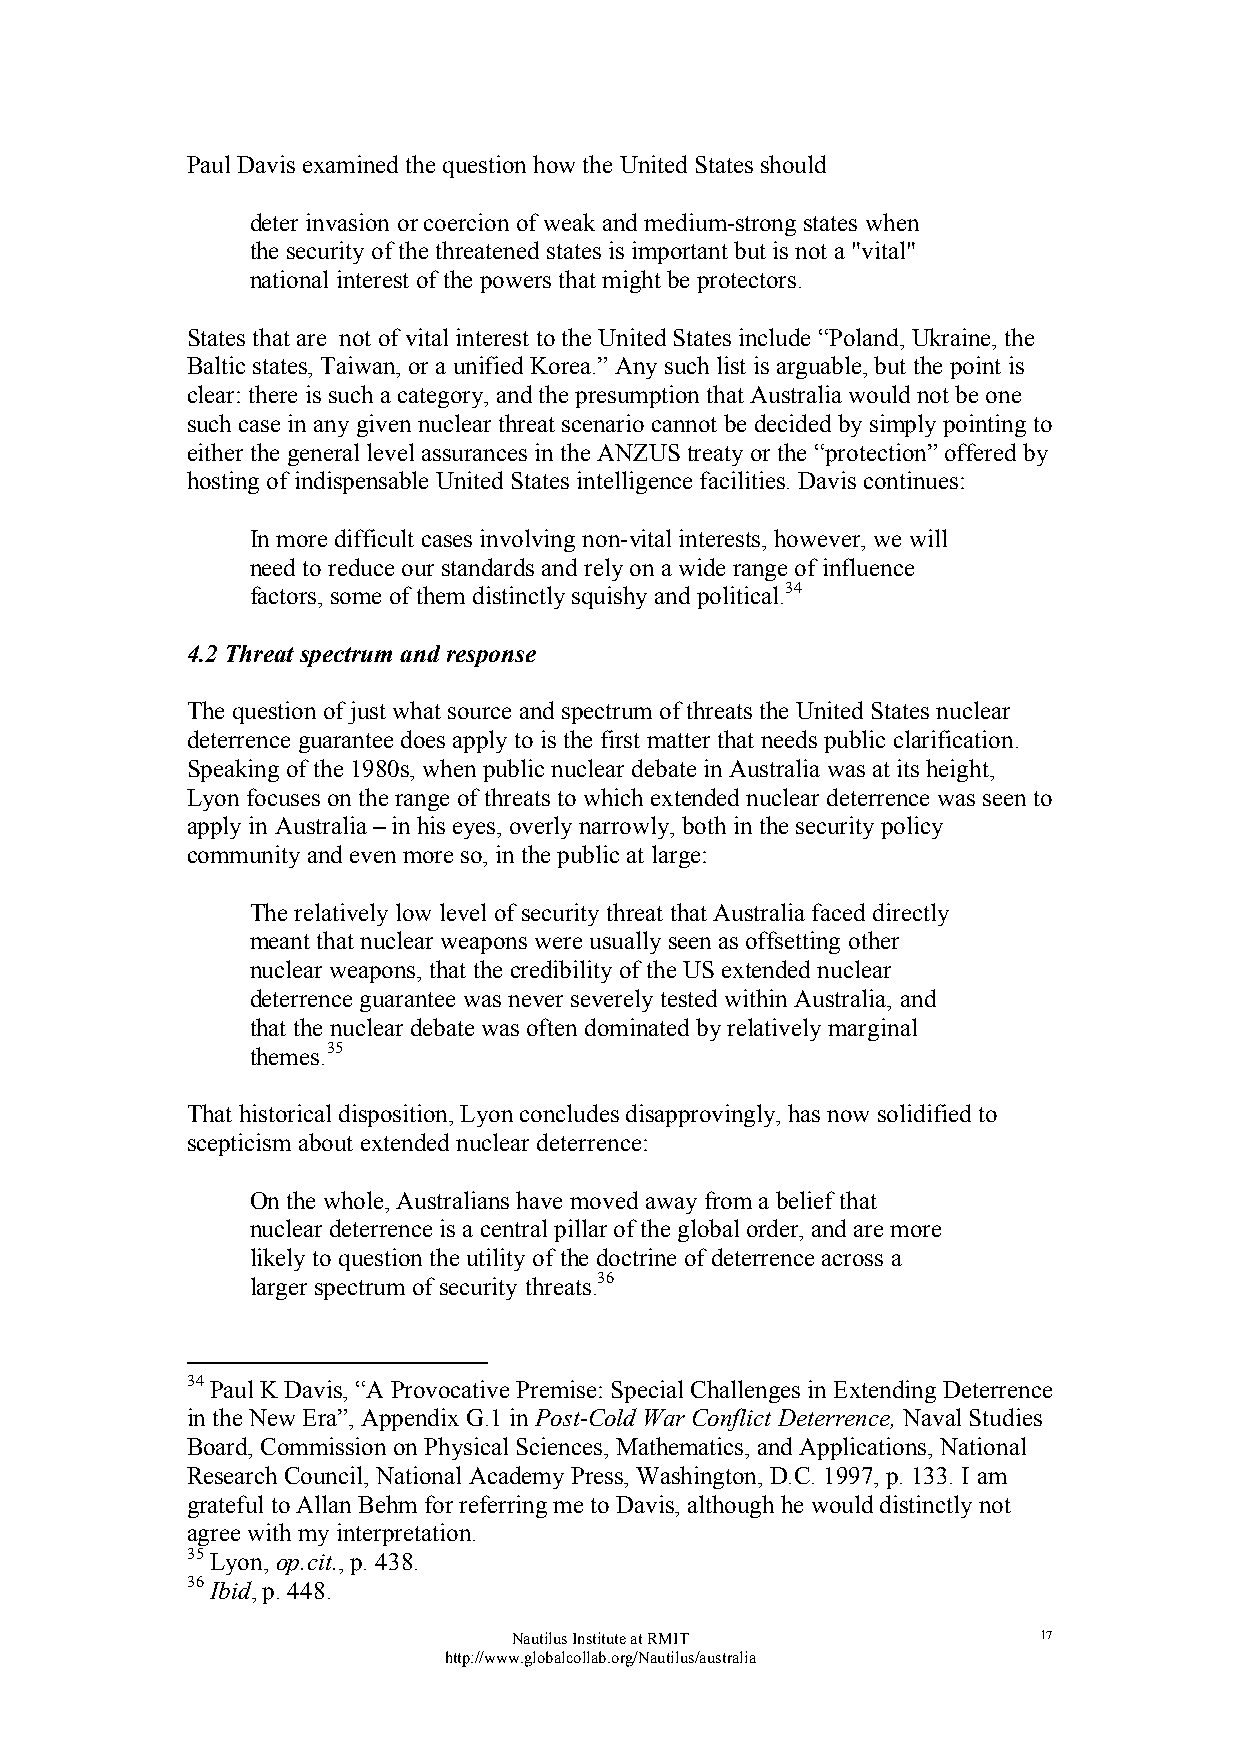
Paul Davis examined the question how the United States should
 deter invasion or coercion of weak and medium-strong states when
 the security of the threatened states is important but is not a "vital"
 national interest of the powers that might be protectors.
 States that are not of vital interest to the United States include “Poland, Ukraine, the
 Baltic states, Taiwan, or a unified Korea.” Any such list is arguable, but the point is
 clear: there is such a category, and the presumption that Australia would not be one
 such case in any given nuclear threat scenario cannot be decided by simply pointing to
 either the general level assurances in the ANZUS treaty or the “protection” offered by
 hosting of indispensable United States intelligence facilities. Davis continues:
 In more difficult cases involving non-vital interests, however, we will
 need to reduce our standards and rely on a wide range of influence
 factors, some of them distinctly squishy and political.34
 4.2 Threat spectrum and response
 The question of just what source and spectrum of threats the United States nuclear
 deterrence guarantee does apply to is the first matter that needs public clarification.
 Speaking of the 1980s, when public nuclear debate in Australia was at its height,
 Lyon focuses on the range of threats to which extended nuclear deterrence was seen to
 apply in Australia – in his eyes, overly narrowly, both in the security policy
 community and even more so, in the public at large:
 The relatively low level of security threat that Australia faced directly
 meant that nuclear weapons were usually seen as offsetting other
 nuclear weapons, that the credibility of the US extended nuclear
 deterrence guarantee was never severely tested within Australia, and
 that the nuclear debate was often dominated by relatively marginal
 themes.35
 That historical disposition, Lyon concludes disapprovingly, has now solidified to
 scepticism about extended nuclear deterrence:
 On the whole, Australians have moved away from a belief that
 nuclear deterrence is a central pillar of the global order, and are more
 likely to question the utility of the doctrine of deterrence across a
 larger spectrum of security threats.36
 34 Paul K Davis, “A Provocative Premise: Special Challenges in Extending Deterrence
 in the New Era”, Appendix G.1 in Post-Cold War Conflict Deterrence, Naval Studies
 Board, Commission on Physical Sciences, Mathematics, and Applications, National
 Research Council, National Academy Press, Washington, D.C. 1997, p. 133. I am
 grateful to Allan Behm for referring me to Davis, although he would distinctly not
 agree with my interpretation.
 35 Lyon, op.cit., p. 438.
 36 Ibid, p. 448.
 Nautilus Institute at RMIT         17
 http://www.globalcollab.org/Nautilus/australia